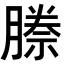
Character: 𭩅